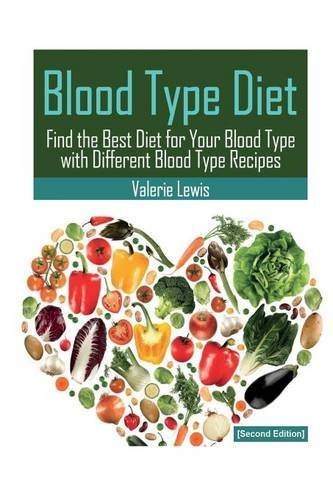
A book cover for Blood Type Diet [Second Edition]: Featuring Blood Type Recipes by Lewis, Valerie (2013) Paperback; Valerie Lewis; Health, Fitness & Dieting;